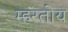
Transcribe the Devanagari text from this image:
म्हरतोय